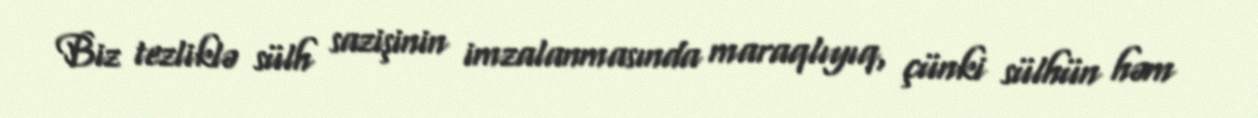
Biz tezliklə sülh sazişinin imzalanmasında maraqlıyıq, çünki sülhün həm